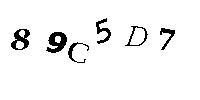
89C5D7